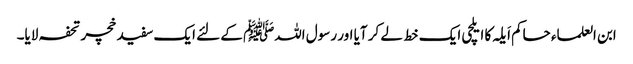
ابن العلماء حاکم اَیلہ کا ایلچی ایک خط لے کر آیا اور رسول اللہﷺ کے لئے ایک سفید خچر تحفہ لایا۔